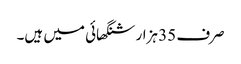
صرف 35 ہزار شنگھائی میں ہیں۔